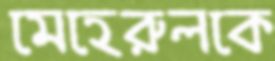
মেহেরুলকে